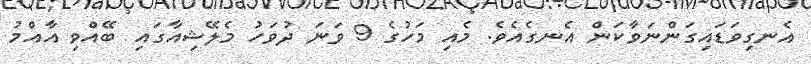
އެނގިވަޑައިގަންނަވާކަން އެނގެއެވެ. މެއި މަހުގެ 9 ވަނަ ދުވަހު މެލޭޝިއާގައި ބޭއްވި އާއްމު